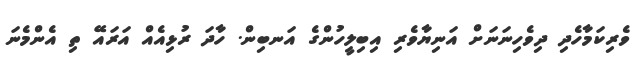
ވެރިކަމާހެދި ދިވެހިނަނަށް އަނިޔާވެރި އިބިލީހުންގެ އަނބިން. ހާދަ ރުޅިއެއް އަރައޭ ތި އެންމެނަ